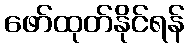
ဖော်ထုတ်နိုင်ရန်